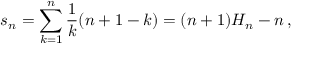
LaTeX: s _ { n } = \sum _ { k = 1 } ^ { n } { { \frac { 1 } { k } } ( n + 1 - k ) } = ( n + 1 ) H _ { n } - n \, ,